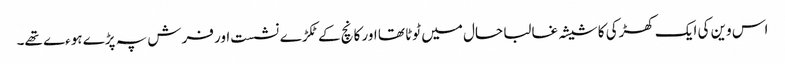
اس وین کی ایک کھڑکی کا شیشہ غالبا حال میں ٹوٹا تھا اور کانچ کے ٹکڑے نشست اور فرش پہ پڑے ہوءے تھے۔